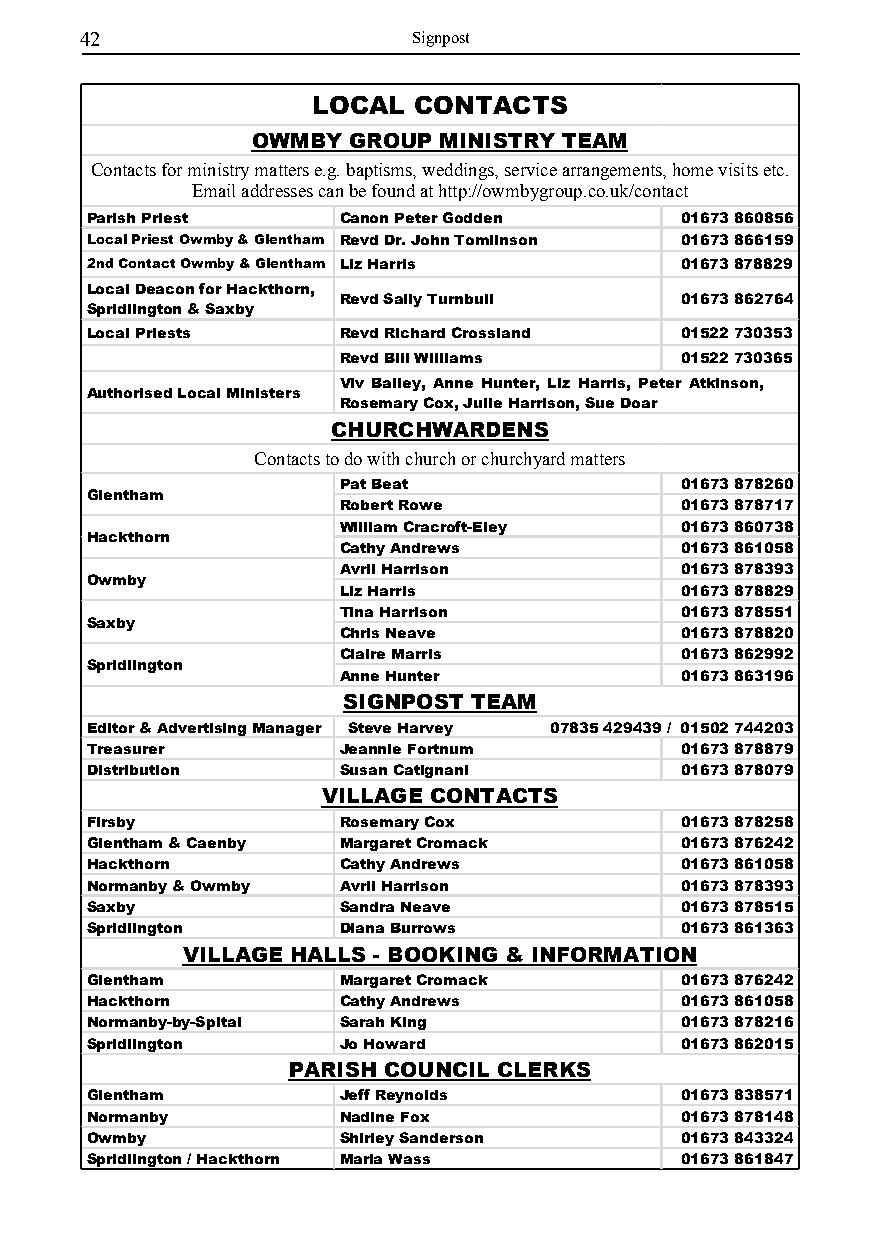
42                    Signpost
 LOCAL CONTACTS
 OWMBY GROUP MINISTRY TEAM
 Contacts for ministry matters e.g. baptisms, weddings, service arrangements, home visits etc.
 Email addresses can be found at http://owmbygroup.co.uk/contact
 Parish Priest   Canon Peter Godden     01673 860856
 Local Priest Owmby & Glentham Revd Dr. John Tomlinson 01673 866159
 2nd Contact Owmby & Glentham Liz Harris 01673 878829
 Local Deacon for Hackthorn,
 Revd Sally Turnbull    01673 862764
 Spridlington & Saxby
 Local Priests    Revd Richard Crossland 01522 730353
 Revd Bill Williams    01522 730365
 Viv Bailey, Anne Hunter, Liz Harris, Peter Atkinson,
 Authorised Local Ministers
 Rosemary Cox, Julie Harrison, Sue Doar
 CHURCHWARDENS
 Contacts to do with church or churchyard matters
 Pat Beat               01673 878260
 Glentham
 Robert Rowe            01673 878717
 William Cracroft-Eley  01673 860738
 Hackthorn
 Cathy Andrews          01673 861058
 Avril Harrison         01673 878393
 Owmby
 Liz Harris             01673 878829
 Tina Harrison          01673 878551
 Saxby
 Chris Neave            01673 878820
 Claire Marris          01673 862992
 Spridlington
 Anne Hunter            01673 863196
 SIGNPOST TEAM
 Editor & Advertising Manager Steve Harvey 07835 429439 / 01502 744203
 Treasurer       Jeannie Fortnum        01673 878879
 Distribution    Susan Catignani        01673 878079
 VILLAGE CONTACTS
 Firsby          Rosemary Cox           01673 878258
 Glentham & Caenby Margaret Cromack     01673 876242
 Hackthorn       Cathy Andrews          01673 861058
 Normanby & Owmby Avril Harrison        01673 878393
 Saxby           Sandra Neave           01673 878515
 Spridlington    Diana Burrows          01673 861363
 VILLAGE HALLS - BOOKING & INFORMATION
 Glentham        Margaret Cromack       01673 876242
 Hackthorn       Cathy Andrews          01673 861058
 Normanby-by-Spital Sarah King          01673 878216
 Spridlington    Jo Howard              01673 862015
 PARISH COUNCIL CLERKS
 Glentham        Jeff Reynolds          01673 838571
 Normanby        Nadine Fox             01673 878148
 Owmby           Shirley Sanderson      01673 843324
 Spridlington / Hackthorn Maria Wass    01673 861847